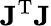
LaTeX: \mathbf{J}^{\mathrm{T}}\mathbf{J}